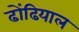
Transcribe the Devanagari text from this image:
ढोंढियाल